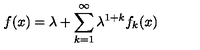
f ( x ) = \lambda + \sum _ { k = 1 } ^ { \infty } \lambda ^ { 1 + k } f _ { k } ( x )